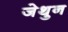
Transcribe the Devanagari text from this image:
जेथुन